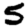
Digit: 5